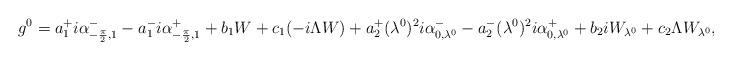
LaTeX: \begin{align*} g^0 = a_1^+i\alpha_{-\frac{\pi}{2}, 1}^- - a_1^- i\alpha_{-\frac{\pi}{2}, 1}^+ + b_1 W + c_1 (-i\Lambda W) + a_2^+(\lambda^0)^2i\alpha_{0, \lambda^0}^- - a_2^-(\lambda^0)^2i\alpha_{0, \lambda^0}^+ + b_2 iW_{\lambda^0} + c_2 \Lambda W_{\lambda^0}, \end{align*}